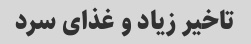
تاخیر زیاد و غذای سرد